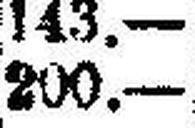
200.—